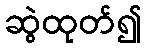
ဆွဲထုတ်၍